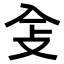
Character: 𠓥